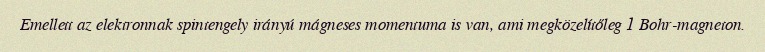
Emellett az elektronnak spintengely irányú mágneses momentuma is van, ami megközelítőleg 1 Bohr-magneton.